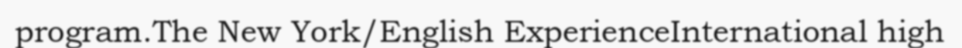
program.The New York/English ExperienceInternational high